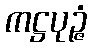
ကဋ္ဌပုဉ္ဇံ